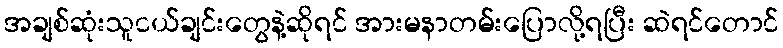
အချစ်ဆုံးသူငယ်ချင်းတွေနဲ့ဆိုရင် အားမနာတမ်းပြောလို့ရပြီး ဆဲရင်တောင်